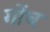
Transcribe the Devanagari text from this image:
गोंघ